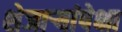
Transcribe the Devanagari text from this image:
शेजाऱ्यांपेक्षा